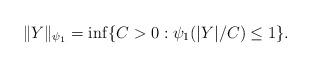
LaTeX: \begin{align*}\|Y\|_{\psi_1}=\inf\{C>0:\psi_1(|Y|/C)\leq1\}.\end{align*}